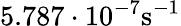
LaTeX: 5.787\cdot 10^{-7}\mathrm{s}^{-1}